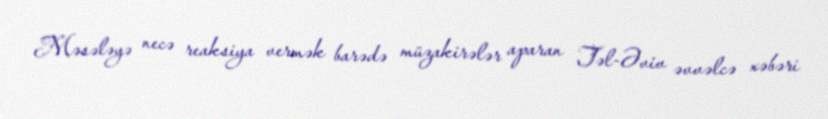
Məsələyə necə reaksiya vermək barədə müzakirələr aparan Təl-Əviv əvvəlcə xəbəri